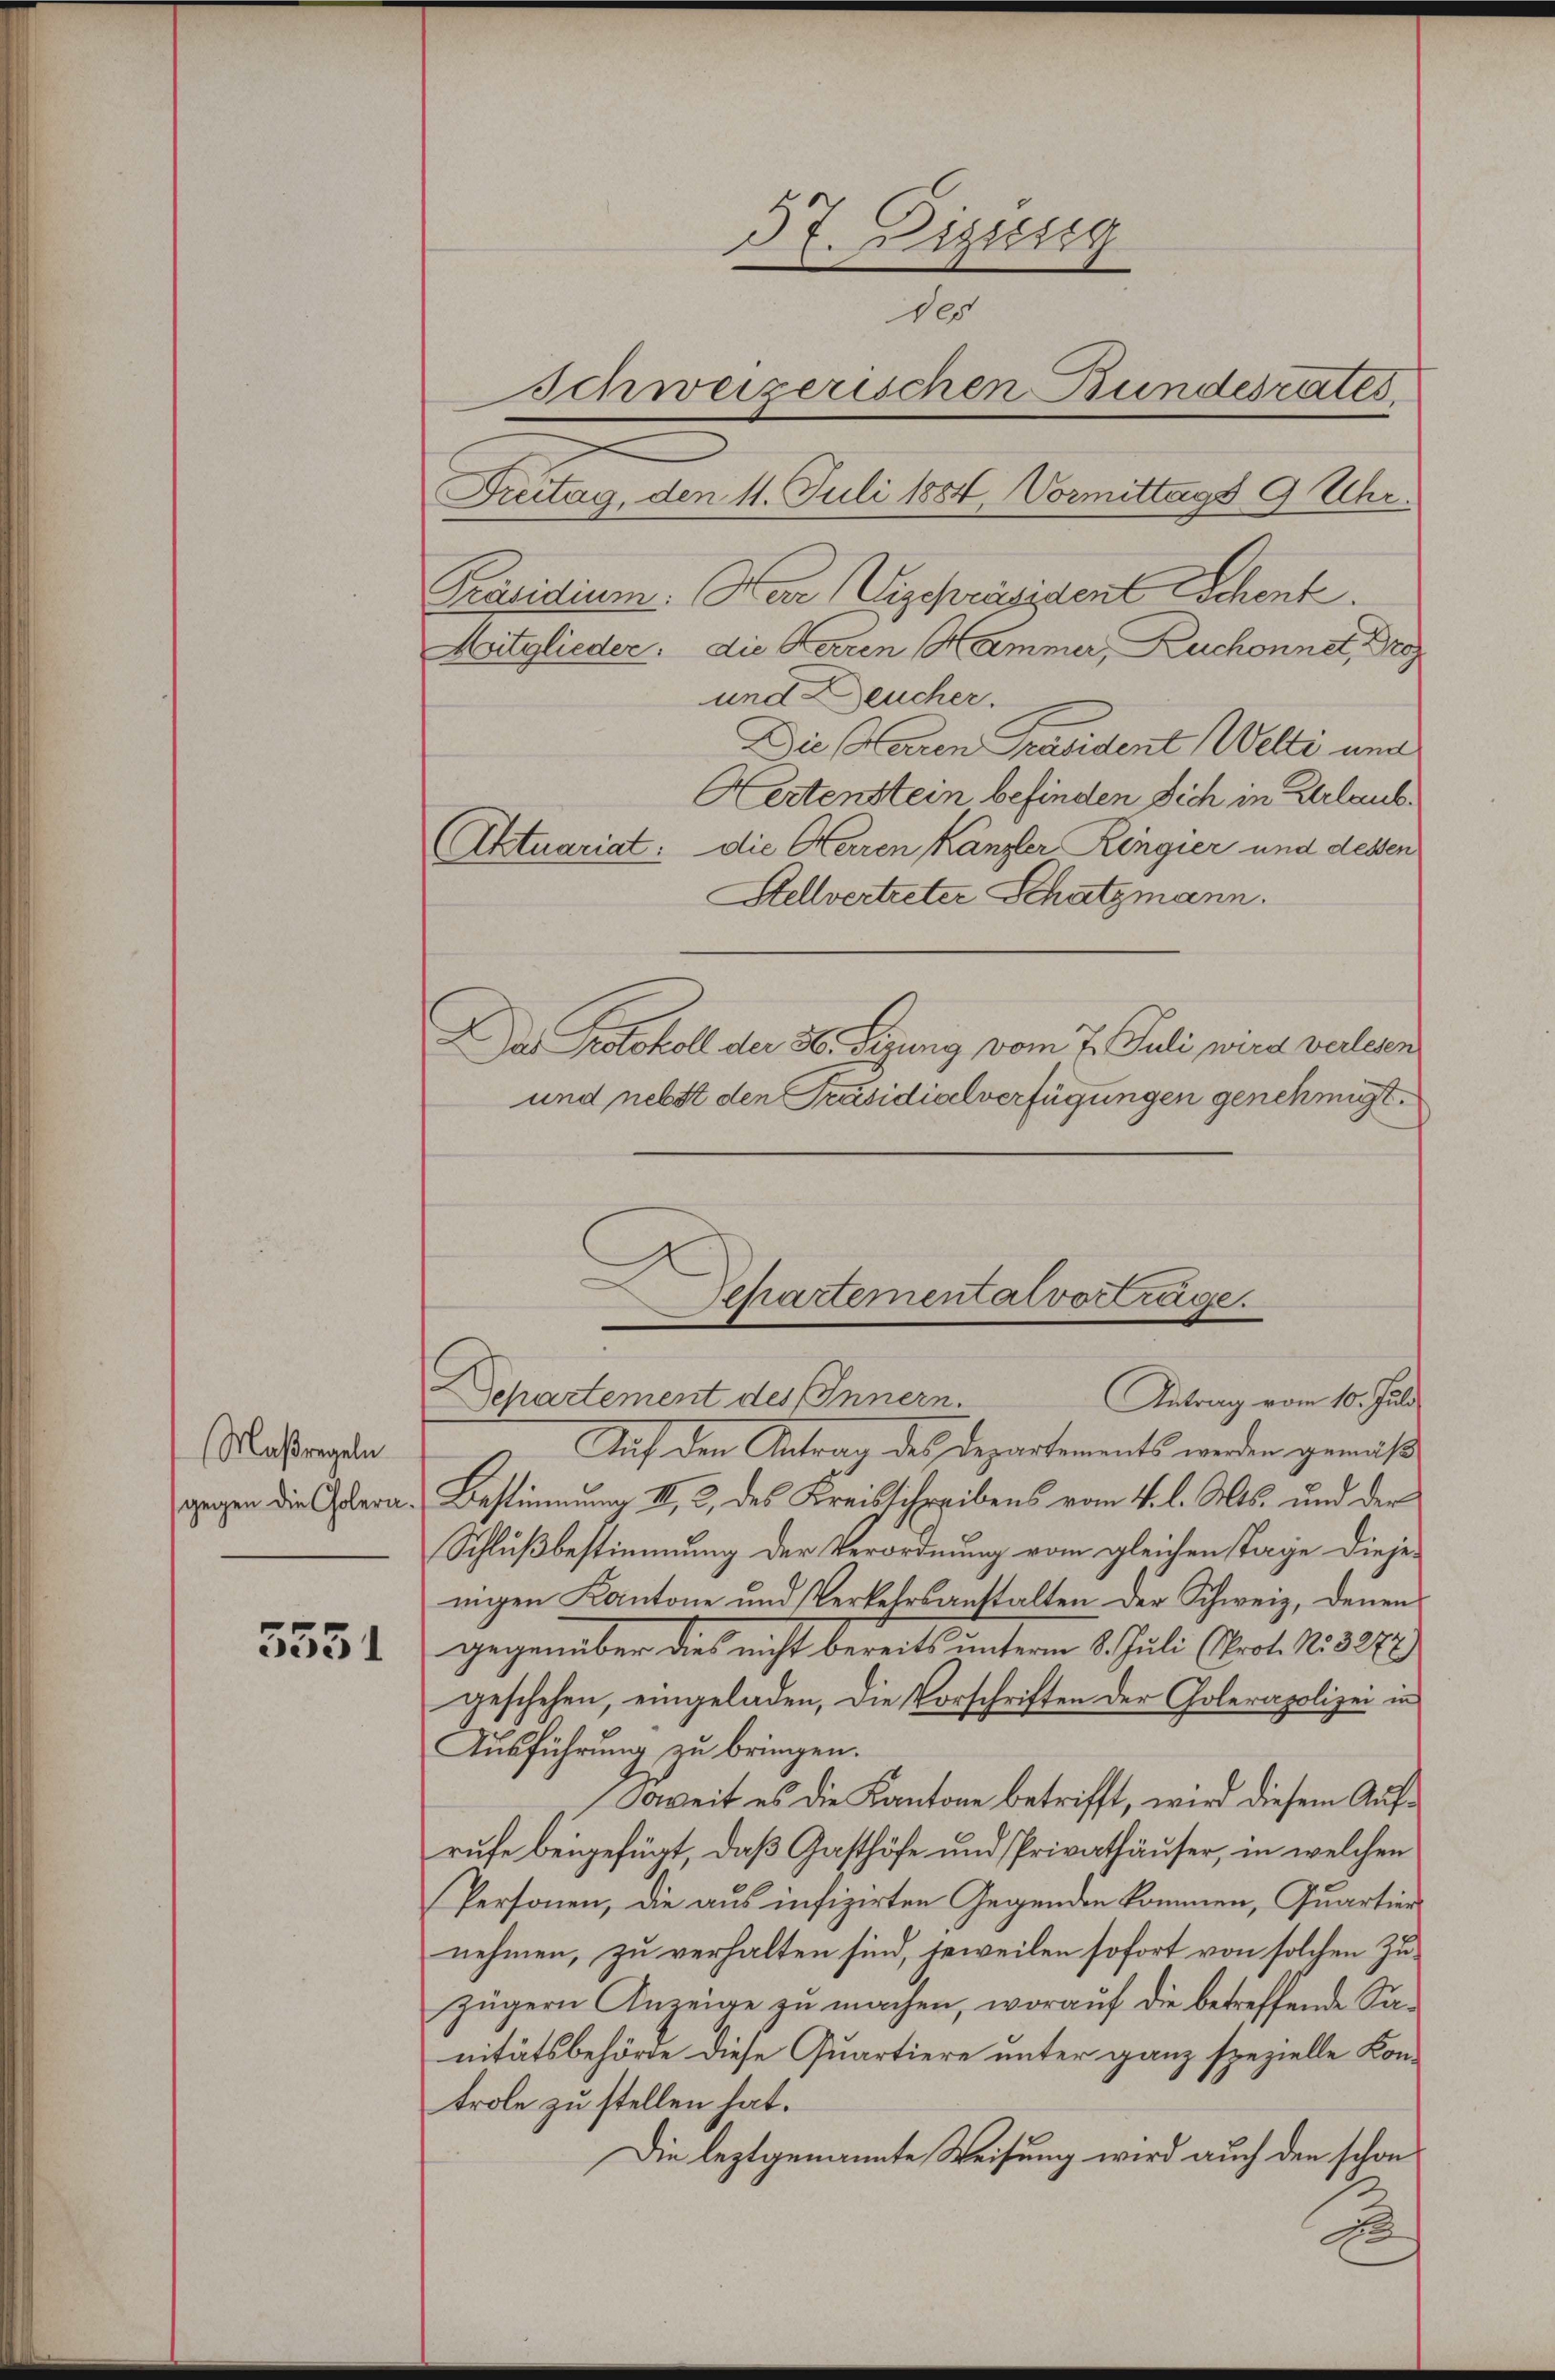
(Maßregeln
gegen die Cholera

5551

Stellvertreter Schatzmann.
Auf den Antrag des Departements werden gemäß
Bestimmung III, 2, des Kreisschreibens vom 4. l. Mts. und der
Schlußbestimmung der Verordnung vom gleichen Tage dieje-
migen Kantone und Verkehrsanstalten der Schweiz, denen
gegenüber dies nicht bereits unterm 8. Juli (Prof. No. 3272
geschehen, eingeladen, die Vorschriften der Golerapolizei in
Ausführung zu bringen.
Soweit es die Kantone betrifft, wird diesem Aufrufe beigefügt, daß Gasthöfe und Privathäuser, in welchen
Personen, die aus infizirten Gegenden kommen, Quartier
nehmen, zu verhalten sind, jeweilen sofort von solchen Zuzügern Anzeige zu machen, worauf die betreffende Sanitätsbehörde diese Quartiere unter ganz spezielle Kontrole zu stellen hat.
Die leztgenannte Weisung wird auch den schon
De

37. Diesig
des
Schweizerischen Bundesrates.
Freitag, den 11. Juli 1884. Vormittags 9 Uhr.
Präsidium. War (Vizepräsident Schenk.
Mitglieder. die Herren Hammer, Zuchonnet, Gro
und Deucher.
Die Paren Präsident Welti und
Hertenstein befinden sich in Verlaub¬
Aktuariat: die Herren Kanzler Ringier und dessen

Das Protokoll der 3. Sirung vom 7. Juli, wird verlesen
und nebst den Präsidialverfügungen genehmigt.

Schartemental vorträge.
Departement des Innern.
Antrag vom 10. Juli